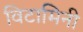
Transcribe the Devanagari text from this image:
विटामिनी